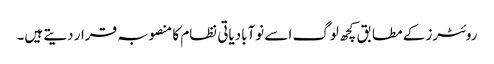
روئٹرز کے مطابق کچھ لوگ اسے نوآبادیاتی نظام کا منصوبہ قرار دیتے ہیں۔